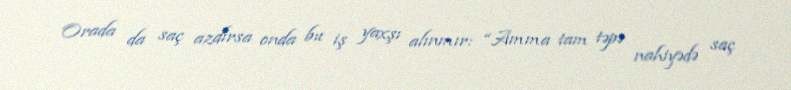
Orada da saç azdırsa onda bu iş yaxşı alınmır: “Amma tam təpə nahiyədə saç